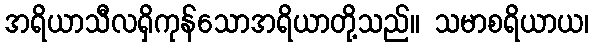
အရိယာသီလရှိကုန်သောအရိယာတို့သည်။ သမာစရိယာယ၊